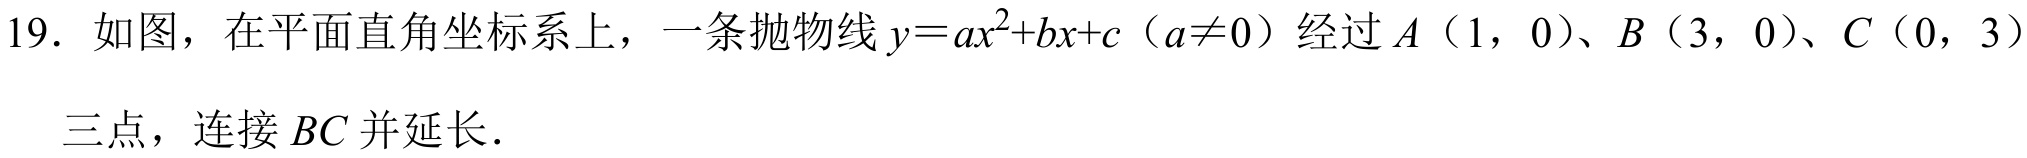
19. 如图，在平面直角坐标系上，一条抛物线\(y = ax^{2}+bx + c\)（\(a\neq0\)）经过\(A(1,0)\)、\(B(3,0)\)、\(C(0,3)\)
三点，连接\(BC\)并延长．